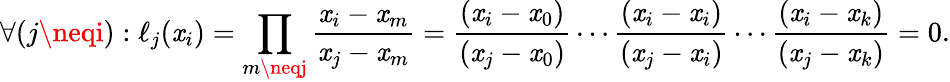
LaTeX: \forall({j\neqi}):\ell_{j}(\mathit{x}_{i})=\prod_{m\neqj}{\frac{{\mathit{x}_{i}-\mathit{x}_{m}}}{{\mathit{x}_{j}-\mathit{x}_{m}}}}={\frac{{(\mathit{x}_{i}-\mathit{x}_{0})}}{{(\mathit{x}_{j}-\mathit{x}_{0})}}}\cdots{\frac{{(\mathit{x}_{i}-\mathit{x}_{i})}}{{(\mathit{x}_{j}-\mathit{x}_{i})}}}\cdots{\frac{{(\mathit{x}_{i}-\mathit{x}_{k})}}{{(\mathit{x}_{j}-\mathit{x}_{k})}}}=0.